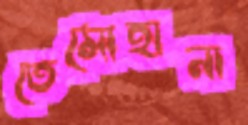
তেমোহানা